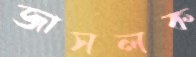
জাসলক